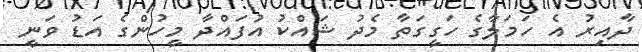
ދާއިރު އެ ހަމަލާގެ ހަގީގަތާ މެދު ޝައްކު އުފައްދާ މީހުންގެ އަޑު ވަނީ